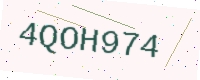
Text: 4QOH974